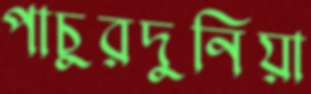
পাচুরদুনিয়া